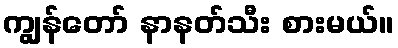
ကျွန်တော် နာနတ်သီး စားမယ်။